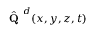
\hat { \textbf { Q } } ^ { d } ( x , y , z , { t } )